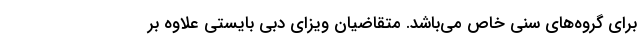
برای گروه‌های سنی خاص می‌باشد. متقاضیان ویزای دبی بایستی علاوه بر